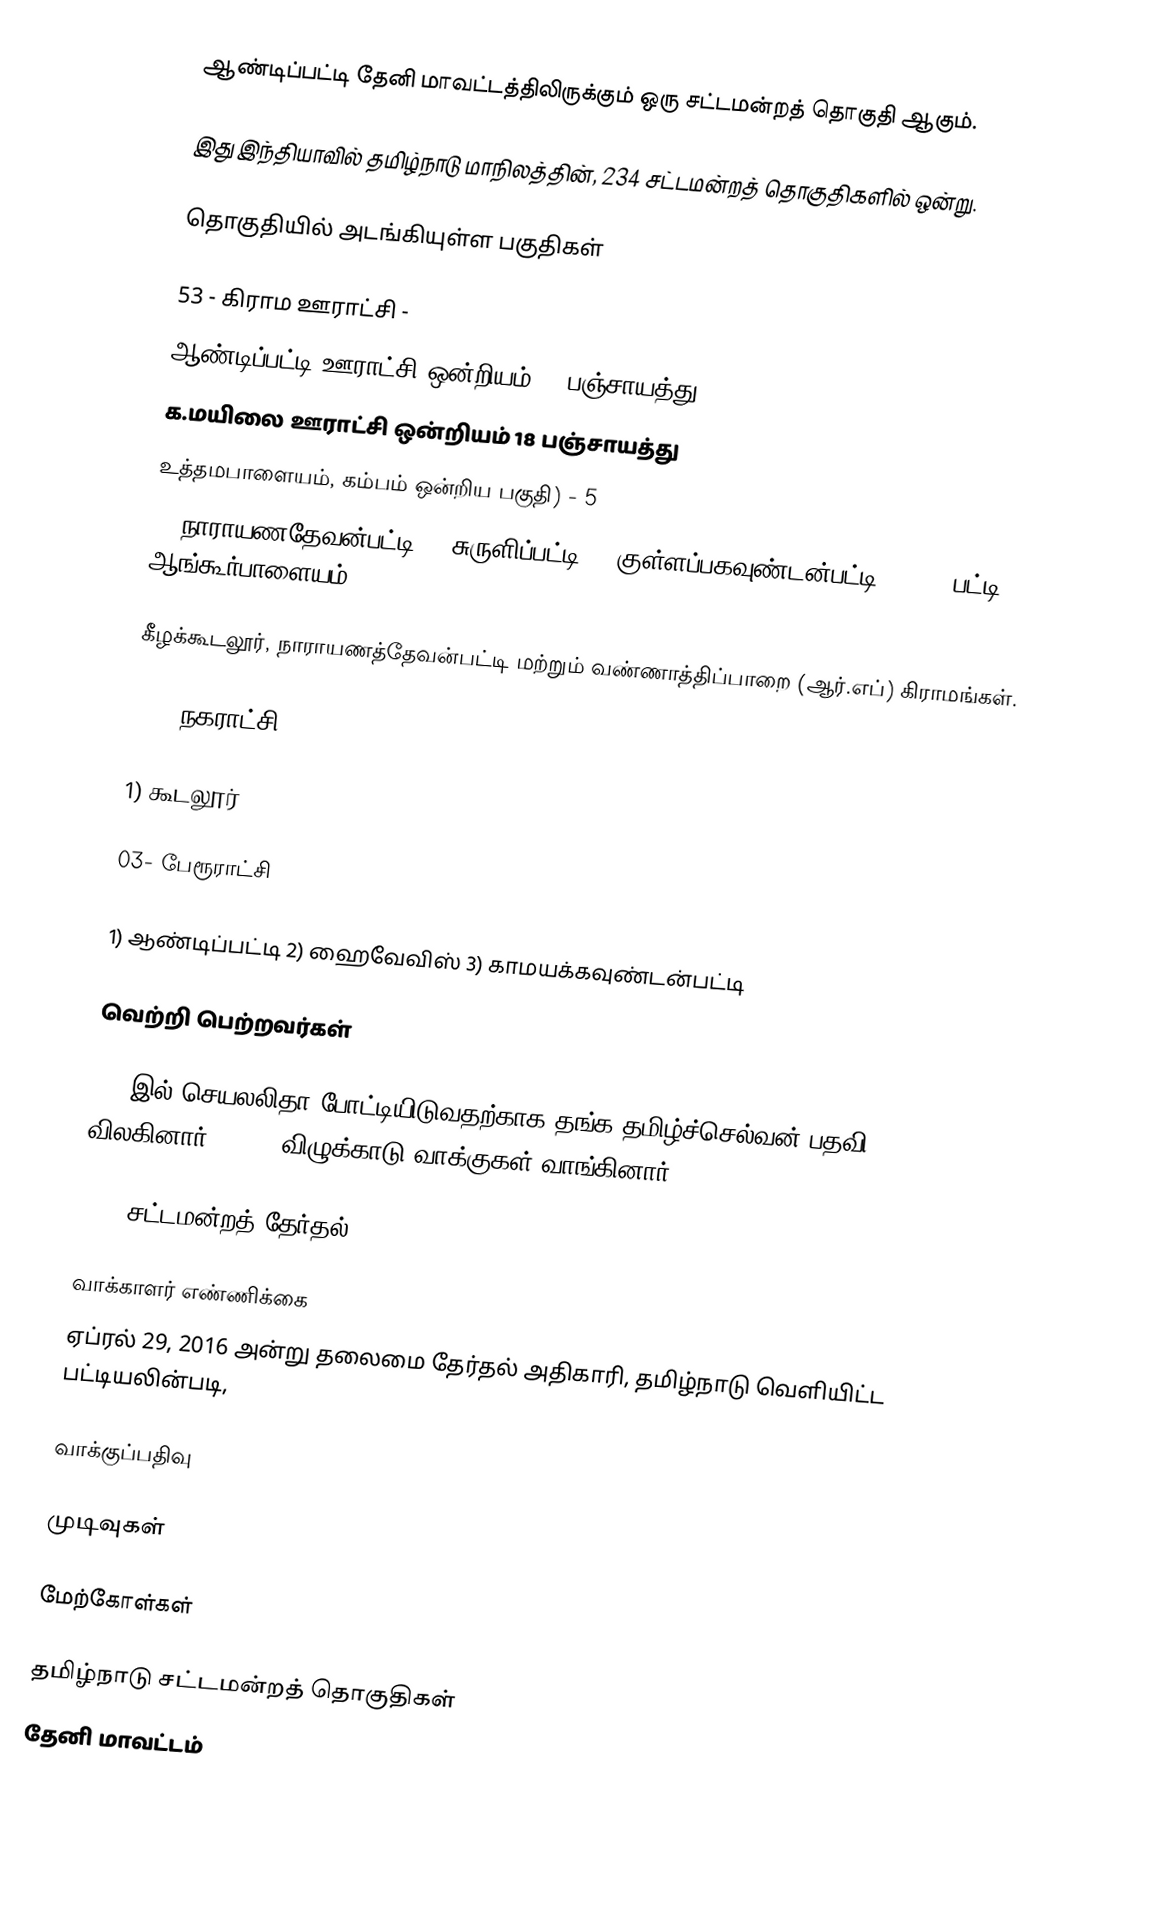
ஆண்டிப்பட்டி தேனி மாவட்டத்திலிருக்கும் ஒரு சட்டமன்றத் தொகுதி ஆகும்.

இது இந்தியாவில் தமிழ்நாடு மாநிலத்தின், 234 சட்டமன்றத் தொகுதிகளில் ஒன்று.

தொகுதியில் அடங்கியுள்ள பகுதிகள்

53 - கிராம ஊராட்சி -
 ஆண்டிப்பட்டி ஊராட்சி ஒன்றியம் 30 பஞ்சாயத்து
 க.மயிலை ஊராட்சி ஒன்றியம் 18 பஞ்சாயத்து
 உத்தமபாளையம், கம்பம் ஒன்றிய பகுதி) - 5
1) நாராயணதேவன்பட்டி  2) சுருளிப்பட்டி 3) குள்ளப்பகவுண்டன்பட்டி 4) K.M பட்டி 5) ஆங்கூர்பாளையம்

கீழக்கூடலூர், நாராயணத்தேவன்பட்டி மற்றும் வண்ணாத்திப்பாறை (ஆர்.எப்) கிராமங்கள்.

01 - நகராட்சி-

1) கூடலூர்

03- பேரூராட்சி

1) ஆண்டிப்பட்டி 2) ஹைவேவிஸ் 3) காமயக்கவுண்டன்பட்டி

வெற்றி பெற்றவர்கள்

 2002இல் செயலலிதா போட்டியிடுவதற்காக தங்க தமிழ்ச்செல்வன் பதவி விலகினார். 58.21 விழுக்காடு வாக்குகள் வாங்கினார்

2016 சட்டமன்றத் தேர்தல்

வாக்காளர் எண்ணிக்கை
ஏப்ரல் 29, 2016 அன்று தலைமை தேர்தல் அதிகாரி, தமிழ்நாடு வெளியிட்ட பட்டியலின்படி,

வாக்குப்பதிவு

முடிவுகள்

மேற்கோள்கள்

தமிழ்நாடு சட்டமன்றத் தொகுதிகள்
தேனி மாவட்டம்